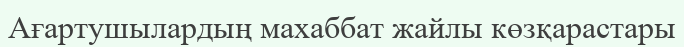
Ағартушылардың махаббат жайлы көзқарастары